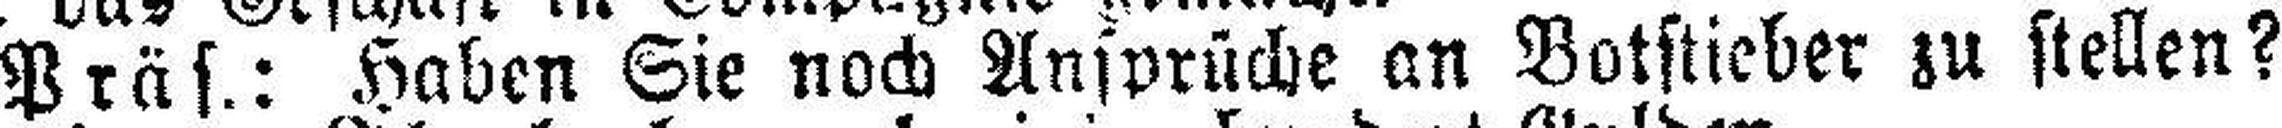
Präs.: Haben Sie noch Ansprüche an Botstieber zu stellen?